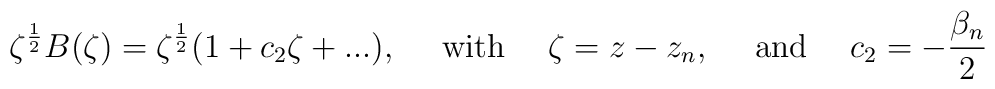
\zeta^{\frac{1}{2}}B(\zeta)=\zeta^{\frac{1}{2}}(1+c_2\zeta+...), ~~~~{\rm with}~~~~\zeta=z-z_n,~~~~{\rm and}~~~~c_2= -\frac{\beta_n}{2}